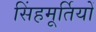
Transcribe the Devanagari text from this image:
सिंहमूर्तियों